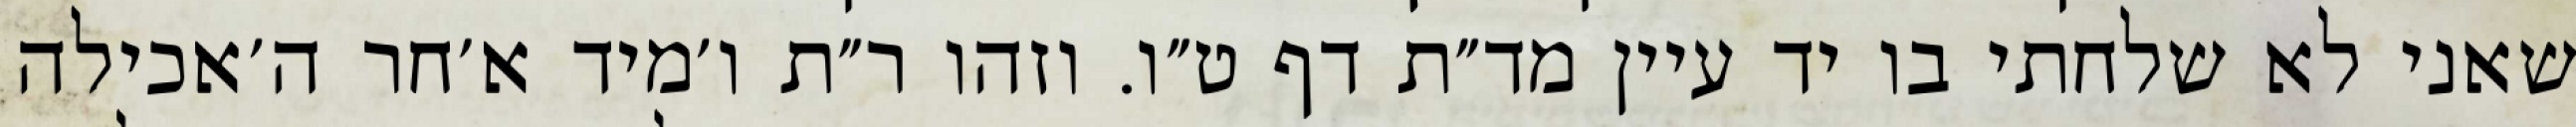
שאני לא שלחתי בו יד עיין מד״ת דף ט״ו. וזהו ר״ת ו׳מיד א׳חר ה׳אכילה